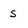
Character: s